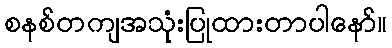
စနစ်တကျအသုံးပြုထားတာပါနော်။